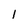
Character: 1